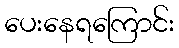
ပေးနေရကြောင်း